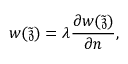
w ( \tilde { \mathfrak { z } } ) = \lambda \frac { \partial w ( \tilde { \mathfrak { z } } ) } { \partial \boldsymbol { n } } ,